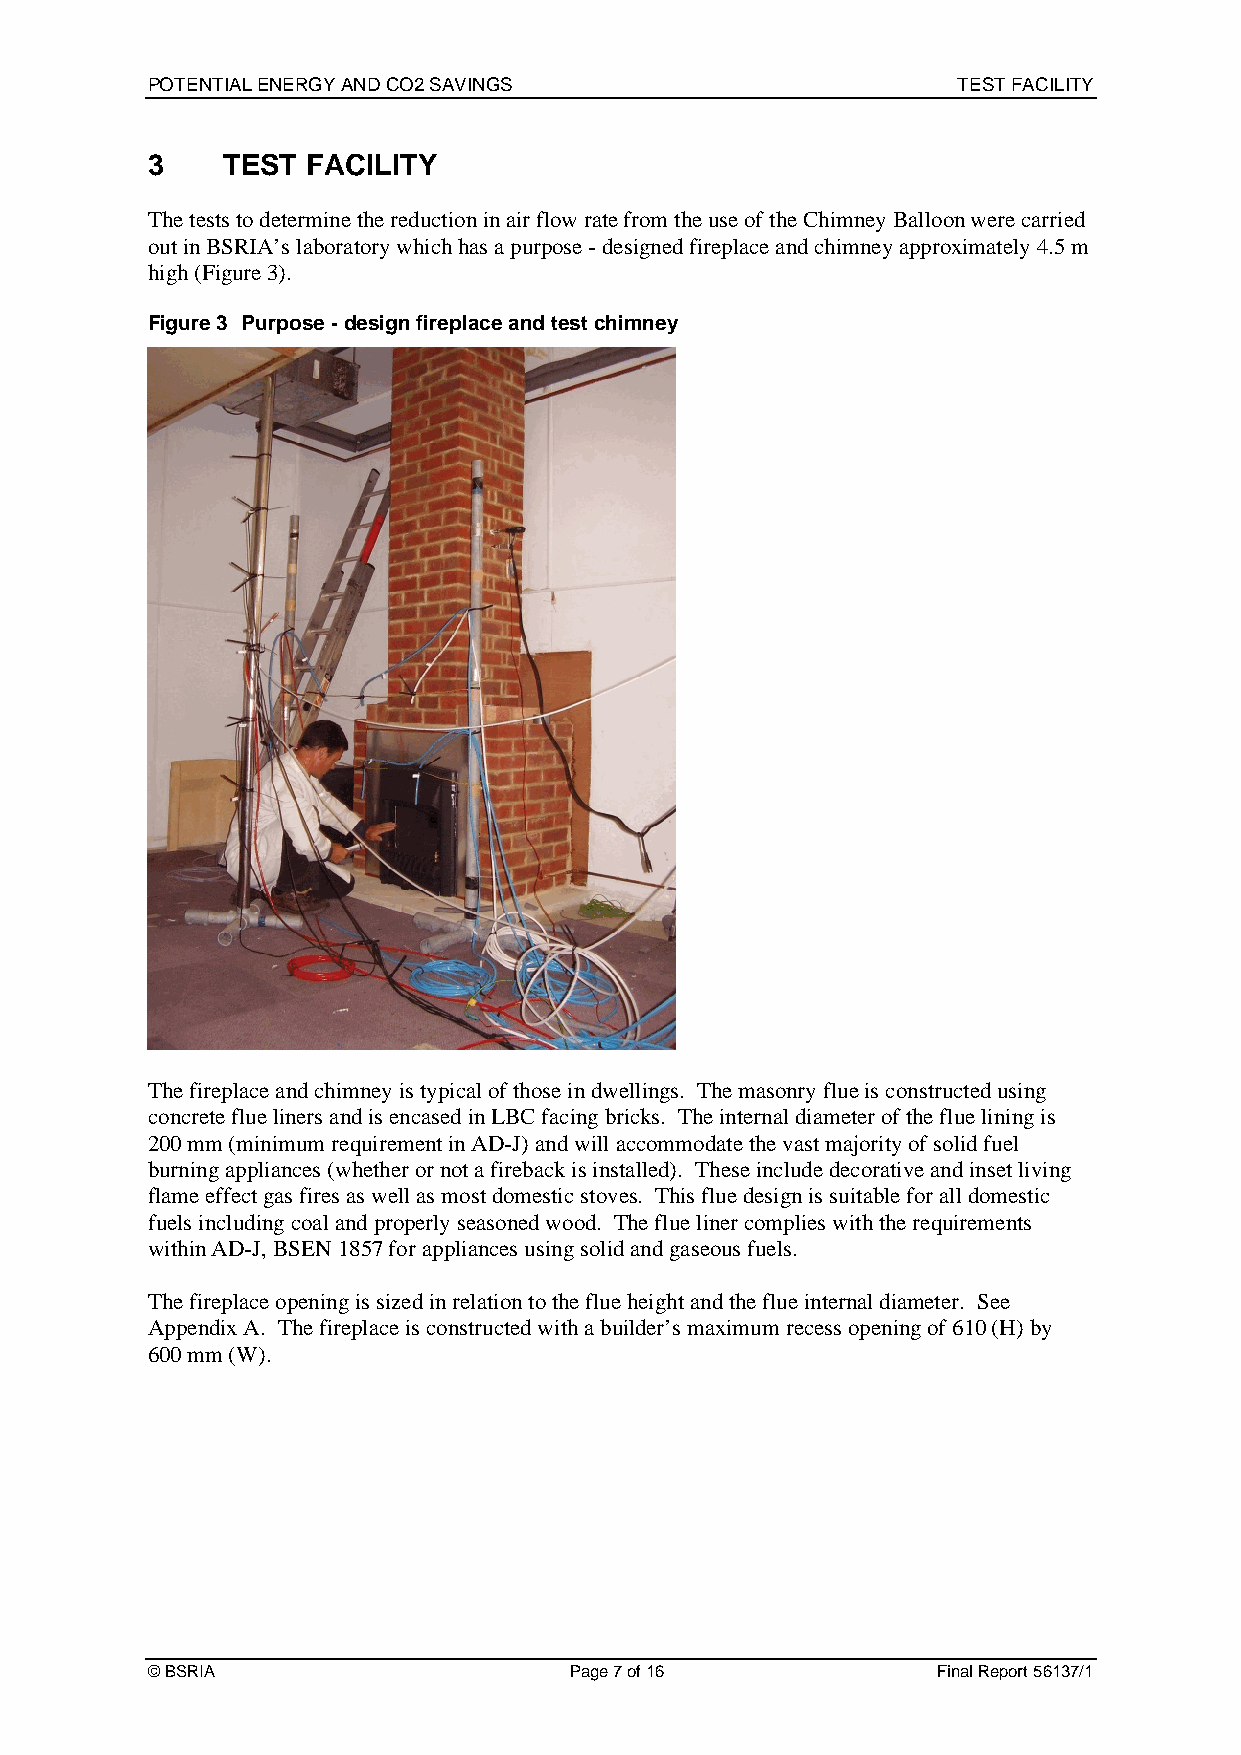
POTENTIAL ENERGY AND CO2 SAVINGS                     TEST FACILITY
 3    TEST FACILITY
 The tests to determine the reduction in air flow rate from the use of the Chimney Balloon were carried
 out in BSRIA’s laboratory which has a purpose - designed fireplace and chimney approximately 4.5 m
 high (Figure 3).
 Figure 3 Purpose - design fireplace and test chimney
 The fireplace and chimney is typical of those in dwellings. The masonry flue is constructed using
 concrete flue liners and is encased in LBC facing bricks. The internal diameter of the flue lining is
 200 mm (minimum requirement in AD-J) and will accommodate the vast majority of solid fuel
 burning appliances (whether or not a fireback is installed). These include decorative and inset living
 flame effect gas fires as well as most domestic stoves. This flue design is suitable for all domestic
 fuels including coal and properly seasoned wood. The flue liner complies with the requirements
 within AD-J, BSEN 1857 for appliances using solid and gaseous fuels.
 The fireplace opening is sized in relation to the flue height and the flue internal diameter. See
 Appendix A. The fireplace is constructed with a builder’s maximum recess opening of 610 (H) by
 600 mm (W).
 © BSRIA                     Page 7 of 16            Final Report 56137/1